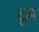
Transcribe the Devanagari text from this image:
टूम